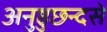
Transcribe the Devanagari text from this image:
अनुष्ठुछन्दसे